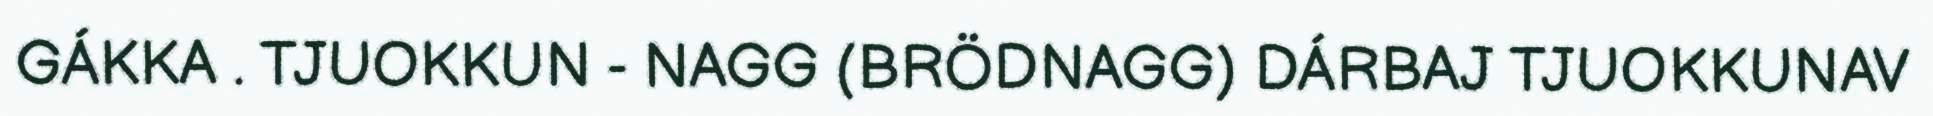
GÁKKA . TJUOKKUN - NAGG (BRÖDNAGG) DÁRBAJ TJUOKKUNAV